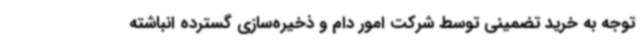
توجه به خرید تضمینی توسط شرکت امور دام و ذخیره‌سازی گسترده انباشته